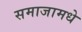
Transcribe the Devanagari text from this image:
समाजामधे